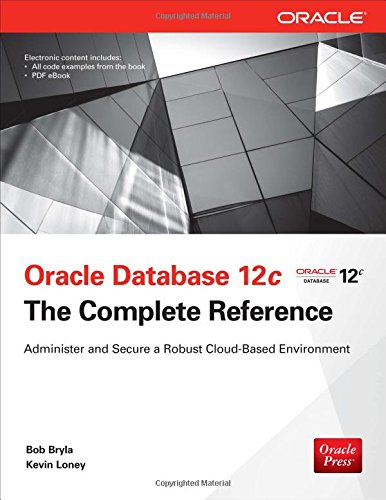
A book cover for Oracle Database 12c The Complete Reference (Oracle Press); Bob Bryla; Computers & Technology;